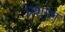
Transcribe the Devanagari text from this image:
प्रशाल